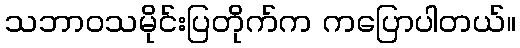
သဘာဝသမိုင်းပြတိုက်က ကပြောပါတယ်။